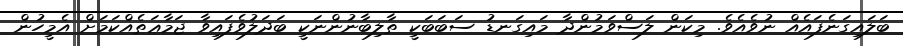
ބަލައިގަނެފައެއް ނުވެއެވެ. މިކަން ލަސްވަމުންދާ މައިގަނޑު ސަބަބަކީ ތާލިބާނުންނަކީ ބަދަލުވެފައިވާ ޖަމާޢަތެއްކަމަށް އެމީހުން